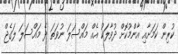
ކުރިން ކަމަށާއި އާންމުކޮށް ދުވާލަކު އެއް މައްސަލަ ނުވަތަ ދެ މައްސަލަ ލަގެޖް